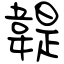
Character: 䪘